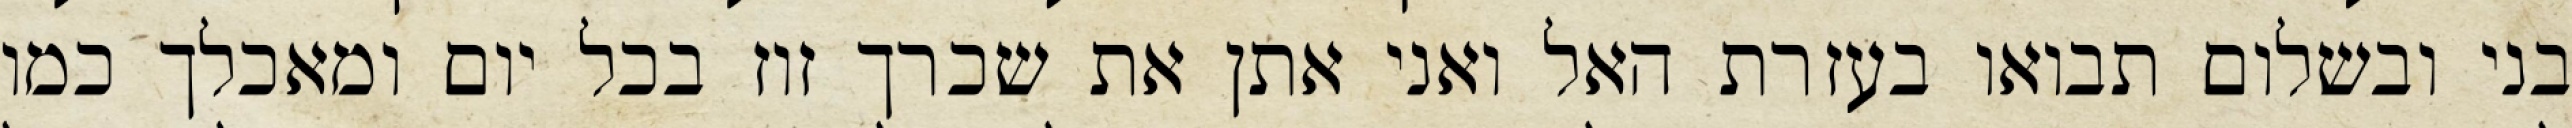
בני ובשלום תבואו בעזרת האל ואני אתן את שכרך זוז בכל יום ומאכלך כמו